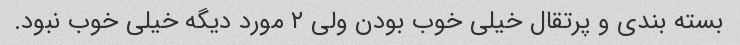
بسته بندی و پرتقال خیلی خوب بودن ولی ۲ مورد دیگه خیلی خوب نبود.